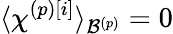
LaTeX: \langle\chi^{\left(p\right)\left[i\right]}\rangle_{\mathcal{B}^{\left(p\right)}}=0